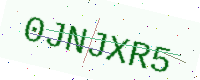
Text: 0JNJXR5